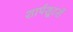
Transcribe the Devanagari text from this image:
शार्पशूटरों